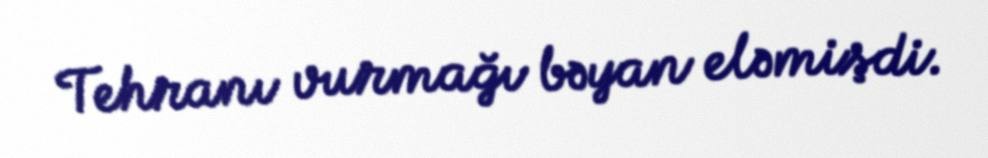
Tehranı vurmağı bəyan eləmişdi.